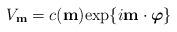
LaTeX: \begin{align*} V_{\bf m}=c({\bf m}){\rm exp}\{i{\bf m}\cdot\mbox{\boldmath$\varphi$}\}\end{align*}